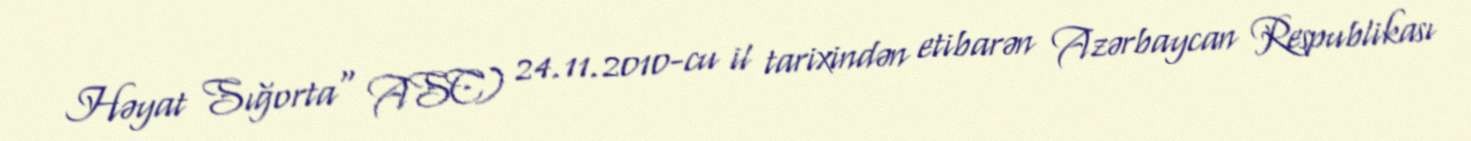
Həyat Sığorta" ASC) 24.11.2010-cu il tarixindən etibarən Azərbaycan Respublikası